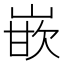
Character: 嵌